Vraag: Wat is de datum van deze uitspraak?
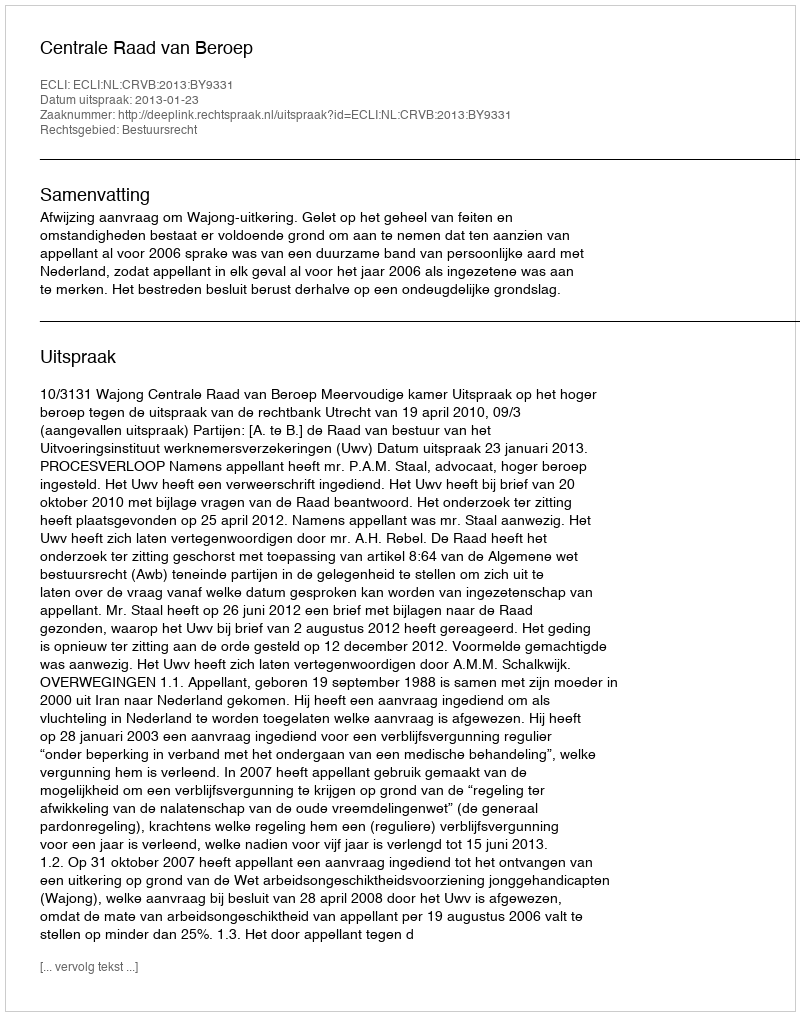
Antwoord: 2013-01-23